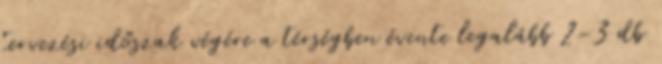
tervezési időszak végére a térségben évente legalább 2-3 db